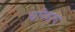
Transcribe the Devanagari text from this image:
चरित्राचं